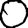
Digit: 0